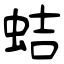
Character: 蛣